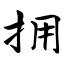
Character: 拥